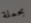
بحملة